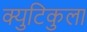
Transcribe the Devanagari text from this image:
क्युटिकुला